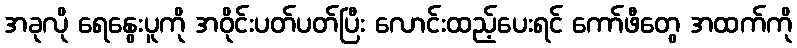
အခုလို ရေနွေးပူကို အဝိုင်းပတ်ပတ်ပြီး လောင်းထည့်ပေးရင် ကော်ဖီတွေ အထက်ကို